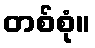
တစ်စုံ။